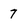
Character: 7